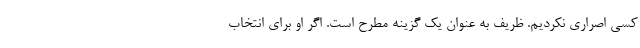
کسی اصراری نکردیم. ظریف به عنوان یک گزینه مطرح است. اگر او برای انتخاب